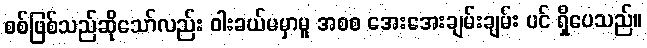
စစ်ဖြစ်သည်ဆိုသော်လည်း ဝါးခယ်မမှာမူ အစစ အေးအေးချမ်းချမ်း ပင် ရှိပေသည်။